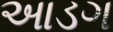
આડગ